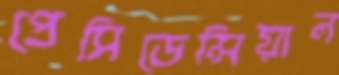
প্রেসিডেন্সিয়াল